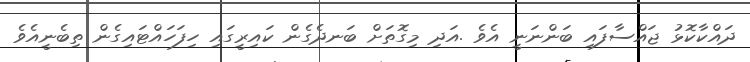
ދައްކާކޮޅު ޖައްސާފައި ބަންނަނީ އެވެ .އަދި މިގޮތަށް ބަނދެގެން ކައިރީގައި ހިފަހައްޓައިގެން ތިބެނީއެވެ